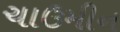
ચાઉમીન